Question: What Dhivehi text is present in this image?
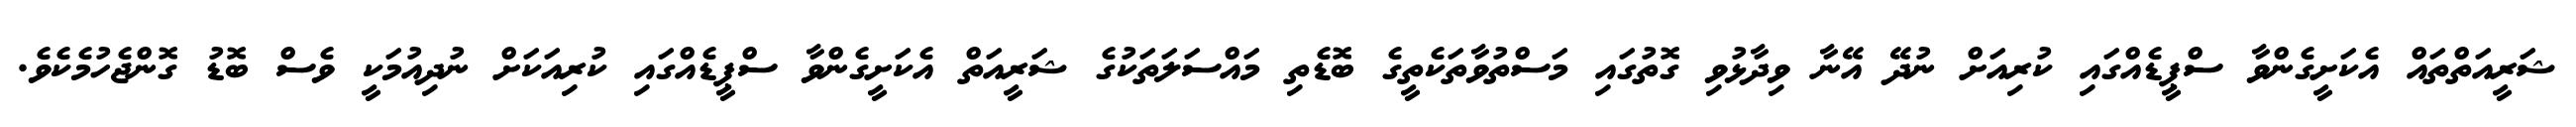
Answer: ޝަރީއަތްތައް އެކަށީގެންވާ ސްޕީޑެއްގައި ކުރިއަށް ނުދޭ އޭނާ ވިދާޅުވި ގޮތުގައި މަސްތުވާތަކެތީގެ ބޮޑެތި މައްސަލަތަކުގެ ޝަރީއަތް އެކަށީގެންވާ ސްޕީޑެއްގައި ކުރިއަކަށް ނުދިއުމަކީ ވެސް ބޮޑު ގޮންޖެހުމެކެވެ.